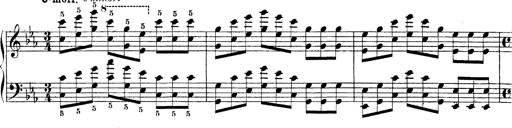
Title: Technische Studien
Composer: Franz Liszt